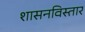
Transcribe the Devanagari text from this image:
शासनविस्तार